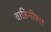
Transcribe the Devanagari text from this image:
वाहिनीला